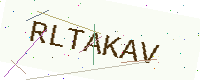
Text: RLTAKAV